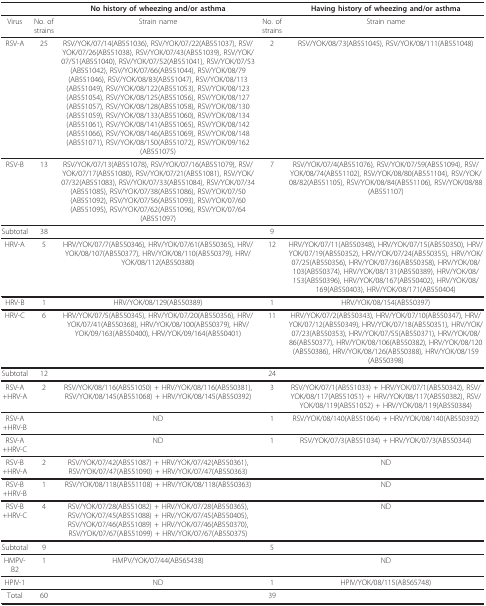
<table><thead><tr><td></td><td></td><td><b>No history of wheezing and/or asthma</b></td><td></td><td><b>Having history of wheezing and/or asthma</b></td></tr></thead><tbody><tr><td>Virus</td><td>No. of strains</td><td>Strain name</td><td>No. of strains</td><td>Strain name</td></tr><tr><td>RSV-A</td><td>25</td><td>RSV/YOK/07/14(AB551036), RSV/YOK/07/22(AB551037), RSV/YOK/07/26(AB551038), RSV/YOK/07/43(AB551039), RSV/YOK/07/51(AB551040), RSV/YOK/07/52(AB551041), RSV/YOK/07/53(AB551042), RSV/YOK/07/66(AB551044), RSV/YOK/08/79(AB551046), RSV/YOK/08/83(AB551047), RSV/YOK/08/113(AB551049), RSV/YOK/08/122(AB551053), RSV/YOK/08/123(AB551054), RSV/YOK/08/125(AB551056), RSV/YOK/08/127(AB551057), RSV/YOK/08/128(AB551058), RSV/YOK/08/130(AB551059), RSV/YOK/08/133(AB551060), RSV/YOK/08/134(AB551061), RSV/YOK/08/141(AB551065), RSV/YOK/08/142(AB551066), RSV/YOK/08/146(AB551069), RSV/YOK/08/148(AB551071), RSV/YOK/08/150(AB551072), RSV/YOK/09/162(AB551075)</td><td>2</td><td>RSV/YOK/08/73(AB551045), RSV/YOK/08/111(AB551048)</td></tr><tr><td>RSV-B</td><td>13</td><td>RSV/YOK/07/13(AB551078), RSV/YOK/07/16(AB551079), RSV/YOK/07/17(AB551080), RSV/YOK/07/21(AB551081), RSV/YOK/07/32(AB551083), RSV/YOK/07/33(AB551084), RSV/YOK/07/34(AB551085), RSV/YOK/07/38(AB551086), RSV/YOK/07/50(AB551092), RSV/YOK/07/56(AB551093), RSV/YOK/07/60(AB551095), RSV/YOK/07/62(AB551096), RSV/YOK/07/64(AB551097)</td><td>7</td><td>RSV/YOK/07/4(AB551076), RSV/YOK/07/59(AB551094), RSV/YOK/08/74(AB551102), RSV/YOK/08/80(AB551104), RSV/YOK/08/82(AB551105), RSV/YOK/08/84(AB551106), RSV/YOK/08/88(AB551107)</td></tr><tr><td>Subtotal</td><td>38</td><td></td><td>9</td><td></td></tr><tr><td>HRV-A</td><td>5</td><td>HRV/YOK/07/7(AB550346), HRV/YOK/07/61(AB550365), HRV/YOK/08/107(AB550377), HRV/YOK/08/110(AB550379), HRV/YOK/08/112(AB550380)</td><td>12</td><td>HRV/YOK/07/11(AB550348), HRV/YOK/07/15(AB550350), HRV/YOK/07/19(AB550352), HRV/YOK/07/24(AB550355), HRV/YOK/07/25(AB550356), HRV/YOK/07/36(AB550358), HRV/YOK/08/103(AB550374), HRV/YOK/08/131(AB550389), HRV/YOK/08/153(AB550396), HRV/YOK/08/167(AB550402), HRV/YOK/08/169(AB550403), HRV/YOK/08/171(AB550404)</td></tr><tr><td>HRV-B</td><td>1</td><td>HRV/YOK/08/129(AB550389)</td><td>1</td><td>HRV/YOK/08/154(AB550397)</td></tr><tr><td>HRV-C</td><td>6</td><td>HRV/YOK/07/5(AB550345), HRV/YOK/07/20(AB550356), HRV/YOK/07/41(AB550368), HRV/YOK/08/100(AB550379), HRV/YOK/09/163(AB550400), HRV/YOK/09/164(AB550401)</td><td>11</td><td>HRV/YOK/07/2(AB550343), HRV/YOK/07/10(AB550347), HRV/YOK/07/12(AB550349), HRV/YOK/07/18(AB550351), HRV/YOK/07/23(AB550353), HRV/YOK/07/55(AB550371), HRV/YOK/08/86(AB550377), HRV/YOK/08/106(AB550382), HRV/YOK/08/120(AB550386), HRV/YOK/08/126(AB550388), HRV/YOK/08/159(AB550398)</td></tr><tr><td>Subtotal</td><td>12</td><td></td><td>24</td><td></td></tr><tr><td>RSV-A+HRV-A</td><td>2</td><td>RSV/YOK/08/116(AB551050) + HRV/YOK/08/116(AB550381), RSV/YOK/08/145(AB551068) + HRV/YOK/08/145(AB550392)</td><td>3</td><td>RSV/YOK/07/1(AB551033) + HRV/YOK/07/1(AB550342), RSV/YOK/08/117(AB551051) + HRV/YOK/08/117(AB550382), RSV/YOK/08/119(AB551052) + HRV/YOK/08/119(AB550384)</td></tr><tr><td>RSV-A+HRV-B</td><td></td><td>ND</td><td>1</td><td>RSV/YOK/08/140(AB551064) + HRV/YOK/08/140(AB550392)</td></tr><tr><td>RSV-A+HRV-C</td><td></td><td>ND</td><td>1</td><td>RSV/YOK/07/3(AB551034) + HRV/YOK/07/3(AB550344)</td></tr><tr><td>RSV-B+HRV-A</td><td>2</td><td>RSV/YOK/07/42(AB551087) + HRV/YOK/07/42(AB550361), RSV/YOK/07/47(AB551090) + HRV/YOK/07/47(AB550363)</td><td></td><td>ND</td></tr><tr><td>RSV-B+HRV-B</td><td>1</td><td>RSV/YOK/08/118(AB551108) + HRV/YOK/08/118(AB550363)</td><td></td><td>ND</td></tr><tr><td>RSV-B+HRV-C</td><td>4</td><td>RSV/YOK/07/28(AB551082) + HRV/YOK/07/28(AB550365),RSV/YOK/07/45(AB551088) + HRV/YOK/07/45(AB550405), RSV/YOK/07/46(AB551089) + HRV/YOK/07/46(AB550370),RSV/YOK/07/67(AB551099) + HRV/YOK/07/67(AB550375)</td><td></td><td>ND</td></tr><tr><td>Subtotal</td><td>9</td><td></td><td>5</td><td></td></tr><tr><td>HMPV-B2</td><td>1</td><td>HMPV/YOK/07/44(AB565438)</td><td></td><td>ND</td></tr><tr><td>HPIV-1</td><td></td><td>ND</td><td>1</td><td>HPIV/YOK/08/115(AB565748)</td></tr><tr><td>Total</td><td>60</td><td></td><td>39</td><td></td></tr></tbody></table>